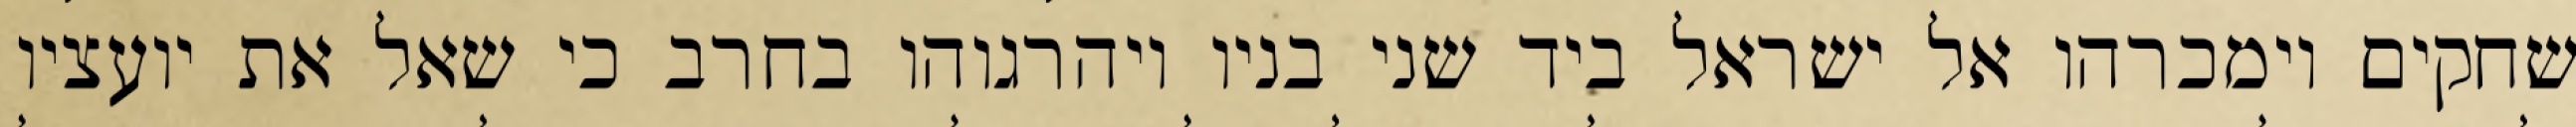
שחקים וימכרהו אל ישראל ביד שני בניו ויהרגוהו בחרב כי שאל את יועציו